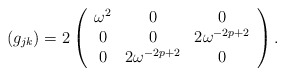
\begin{align*}(g_{jk}) = 2 \left( \begin{array}{ccc}\omega^2 & 0 & 0 \\0& 0 & 2\omega^{-2p+2}\\0 & 2\omega^{-2p+2} & 0 \end{array} \right). \end{align*}